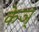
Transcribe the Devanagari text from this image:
केञ्